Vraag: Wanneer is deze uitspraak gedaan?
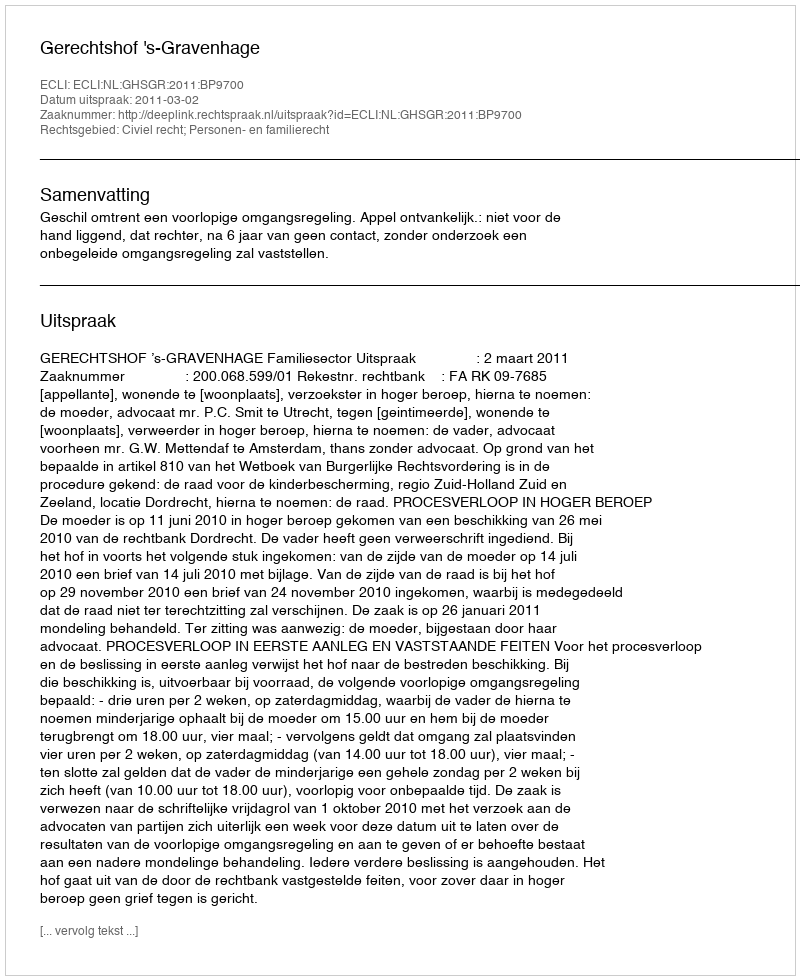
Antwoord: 2011-03-02